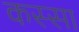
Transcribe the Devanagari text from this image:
कस्सा